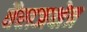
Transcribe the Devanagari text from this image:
वैराजक्षेत्र